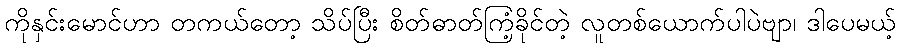
ကိုနှင်းမောင်ဟာ တကယ်တော့ သိပ်ပြီး စိတ်ဓာတ်ကြံ့ခိုင်တဲ့ လူတစ်ယောက်ပါပဲဗျာ၊ ဒါပေမယ့်